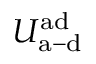
U _ { \mathrm { a - d } } ^ { \mathrm { a d } }